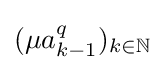
(\mu a_{k-1}^{q})_{k\in \mathbb {N} }